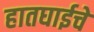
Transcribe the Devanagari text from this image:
हातघाईचे